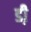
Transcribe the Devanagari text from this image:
डी़